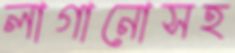
লাগানোসহ